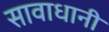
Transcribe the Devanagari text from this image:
सावाधानी